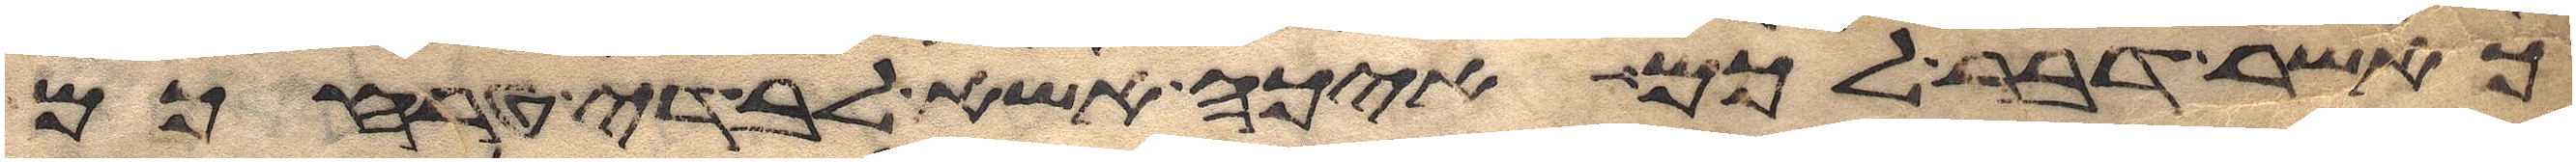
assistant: כאשר דבר לכם איכה אשא לבדי טרחכם